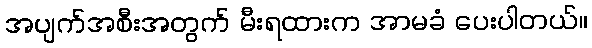
အပျက်အစီးအတွက် မီးရထားက အာမခံ ပေးပါတယ်။